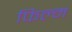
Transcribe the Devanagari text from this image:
फिल्म